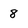
Character: 8